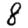
Digit: 8